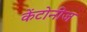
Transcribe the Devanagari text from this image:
केंटोनीज